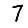
Digit: 7